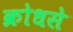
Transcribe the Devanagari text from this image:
क्रोधसे